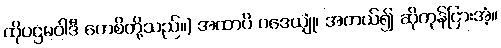
ထိုပဌမဝါဒီ ကေစိတို့သည်။) အထာပိ ဝဒေယျုံ၊ အကယ်၍ ဆိုကုန်ငြားအံ့။